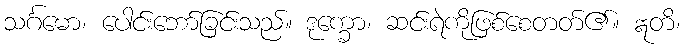
သင်္ဂမော၊ ပေါင်းဘော်ခြင်းသည်။ ဒုက္ခော၊ ဆင်းရဲကိုဖြစ်စေတတ်၏။ ဣတိ၊